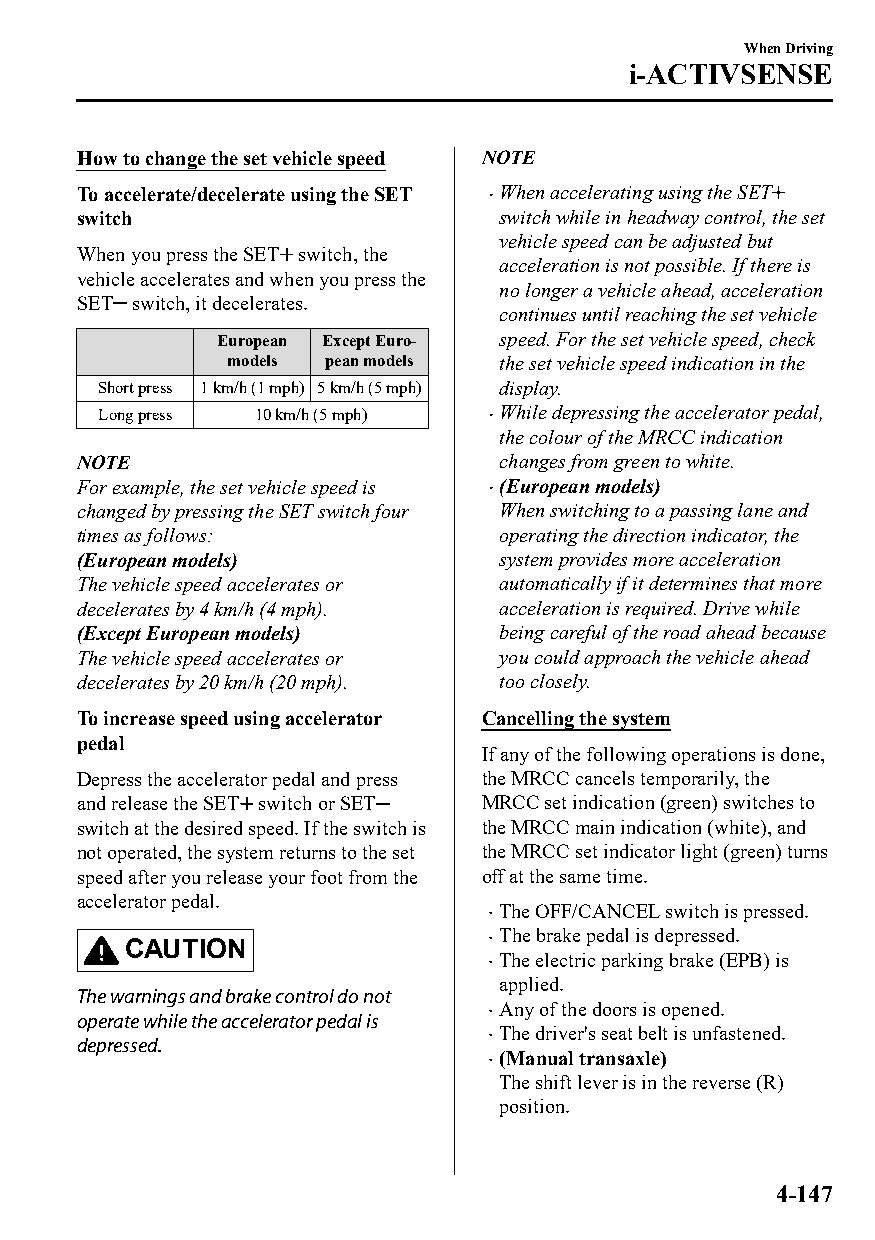
When Driving
 i-ACTIVSENSE
 How to change the set vehicle speed NOTE
 To accelerate/decelerate using the SET When accelerating using the SET
 switch                      switch while in headway control, the set
 vehicle speed can be adjusted but
 When you press the SET switch, the
 acceleration is not possible. If there is
 vehicle accelerates and when you press the
 no longer a vehicle ahead, acceleration
 SET switch, it decelerates.
 continues until reaching the set vehicle
 European Except Euro‐ speed. For the set vehicle speed, check
 models pean models the set vehicle speed indication in the
 Short press 1 km/h (1 mph) 5 km/h (5 mph) display.
 Long press 10 km/h (5 mph) While depressing the accelerator pedal,
 the colour of the MRCC indication
 NOTE                        changes from green to white.
 For example, the set vehicle speed is (European models)
 
 changed by pressing the SET switch four When switching to a passing lane and
 times as follows:           operating the direction indicator, the
 (European models)           system provides more acceleration
 The vehicle speed accelerates or automatically if it determines that more
 decelerates by 4 km/h (4 mph). acceleration is required. Drive while
 (Except European models)    being careful of the road ahead because
 The vehicle speed accelerates or you could approach the vehicle ahead
 decelerates by 20 km/h (20 mph). too closely.
 To increase speed using accelerator Cancelling the system
 pedal
 If any of the following operations is done,
 Depress the accelerator pedal and press the MRCC cancels temporarily, the
 and release the SET switch or SET MRCC set indication (green) switches to
 switch at the desired speed. If the switch is the MRCC main indication (white), and
 not operated, the system returns to the set the MRCC set indicator light (green) turns
 speed after you release your foot from the off at the same time.
 accelerator pedal.
 The OFF/CANCEL switch is pressed.
 
 The brake pedal is depressed.
 CAUTION                 
 The electric parking brake (EPB) is
 
 applied.
 The warnings and brake control do not
 Any of the doors is opened.
 operate while the accelerator pedal is 
 The driver's seat belt is unfastened.
 depressed.                 
 (Manual transaxle)
 
 The shift lever is in the reverse (R)
 position.
 4-147
 CX-3_8GT4-EE-18D_Edition4                  2018-9-6 18:32:19